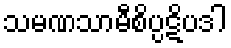
သမဏသာမီစိပ္ပဋိပဒါ